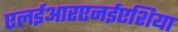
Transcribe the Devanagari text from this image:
एलईआरएनईएशिया